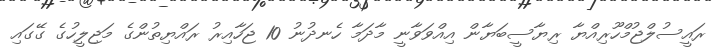
ރައީސުލްޖުމްހޫރިއްޔާ ރިޔާސީބަޔާން އިއްވަވާނީ މާދަމާ ހެނދުނު 10 ޖަހާއިރު ރައްޔިތުންގެ މަޖިލީހުގެ ގޭގައި